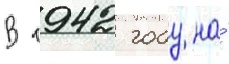
В 1942 году на́